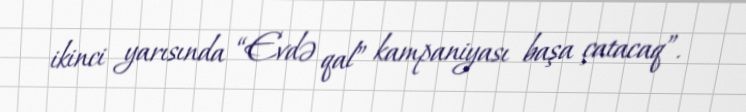
ikinci yarısında “Evdə qal” kampaniyası başa çatacaq”.